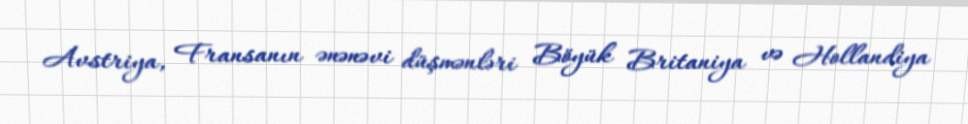
Avstriya, Fransanın ənənəvi düşmənləri Böyük Britaniya və Hollandiya